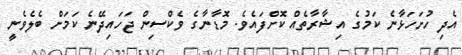
އެދި ހުށަހަޅާނެ ކަމުގެ އިޝާރާތެއް ކޮށްފައެވެ. މޮޑާނާގެ ވެކްސިން ޖަހައިދޭނެ ކަމަށް ބެލެވެނީ